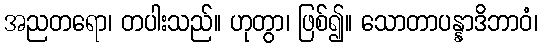
အညတရော၊ တပါးသည်။ ဟုတွာ၊ ဖြစ်၍။ သောတာပန္နာဒိဘာဝံ၊